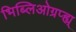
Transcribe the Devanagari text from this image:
भिब्लिओग्रप्ह्य्